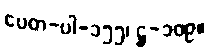
ပေတ-ပါ-၁၅၅၊ ဋ္ဌ-၁၀၉။